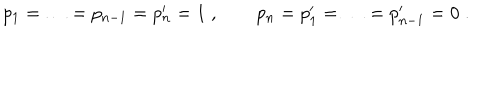
LaTeX: p _ { 1 } = \ldots = p _ { n - 1 } = p _ { n } ^ { \prime } = 1 \; , \qquad p _ { n } = p _ { 1 } ^ { \prime } = \ldots = p _ { n - 1 } ^ { \prime } = 0 \; .